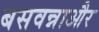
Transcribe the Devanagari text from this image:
बसवन्नाऔर